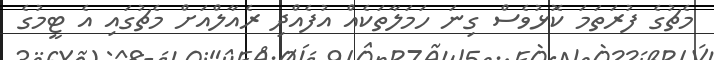
މެޗުގެ ފުރަތަމަ ކޮޅުވެސް ގިނަ ހަމަލާތަކެއް އުފެއްދި ރެއާލްއަށް މެޗުގައި އެ ޓީމުގެ